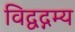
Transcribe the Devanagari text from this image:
विद्वद्गम्य